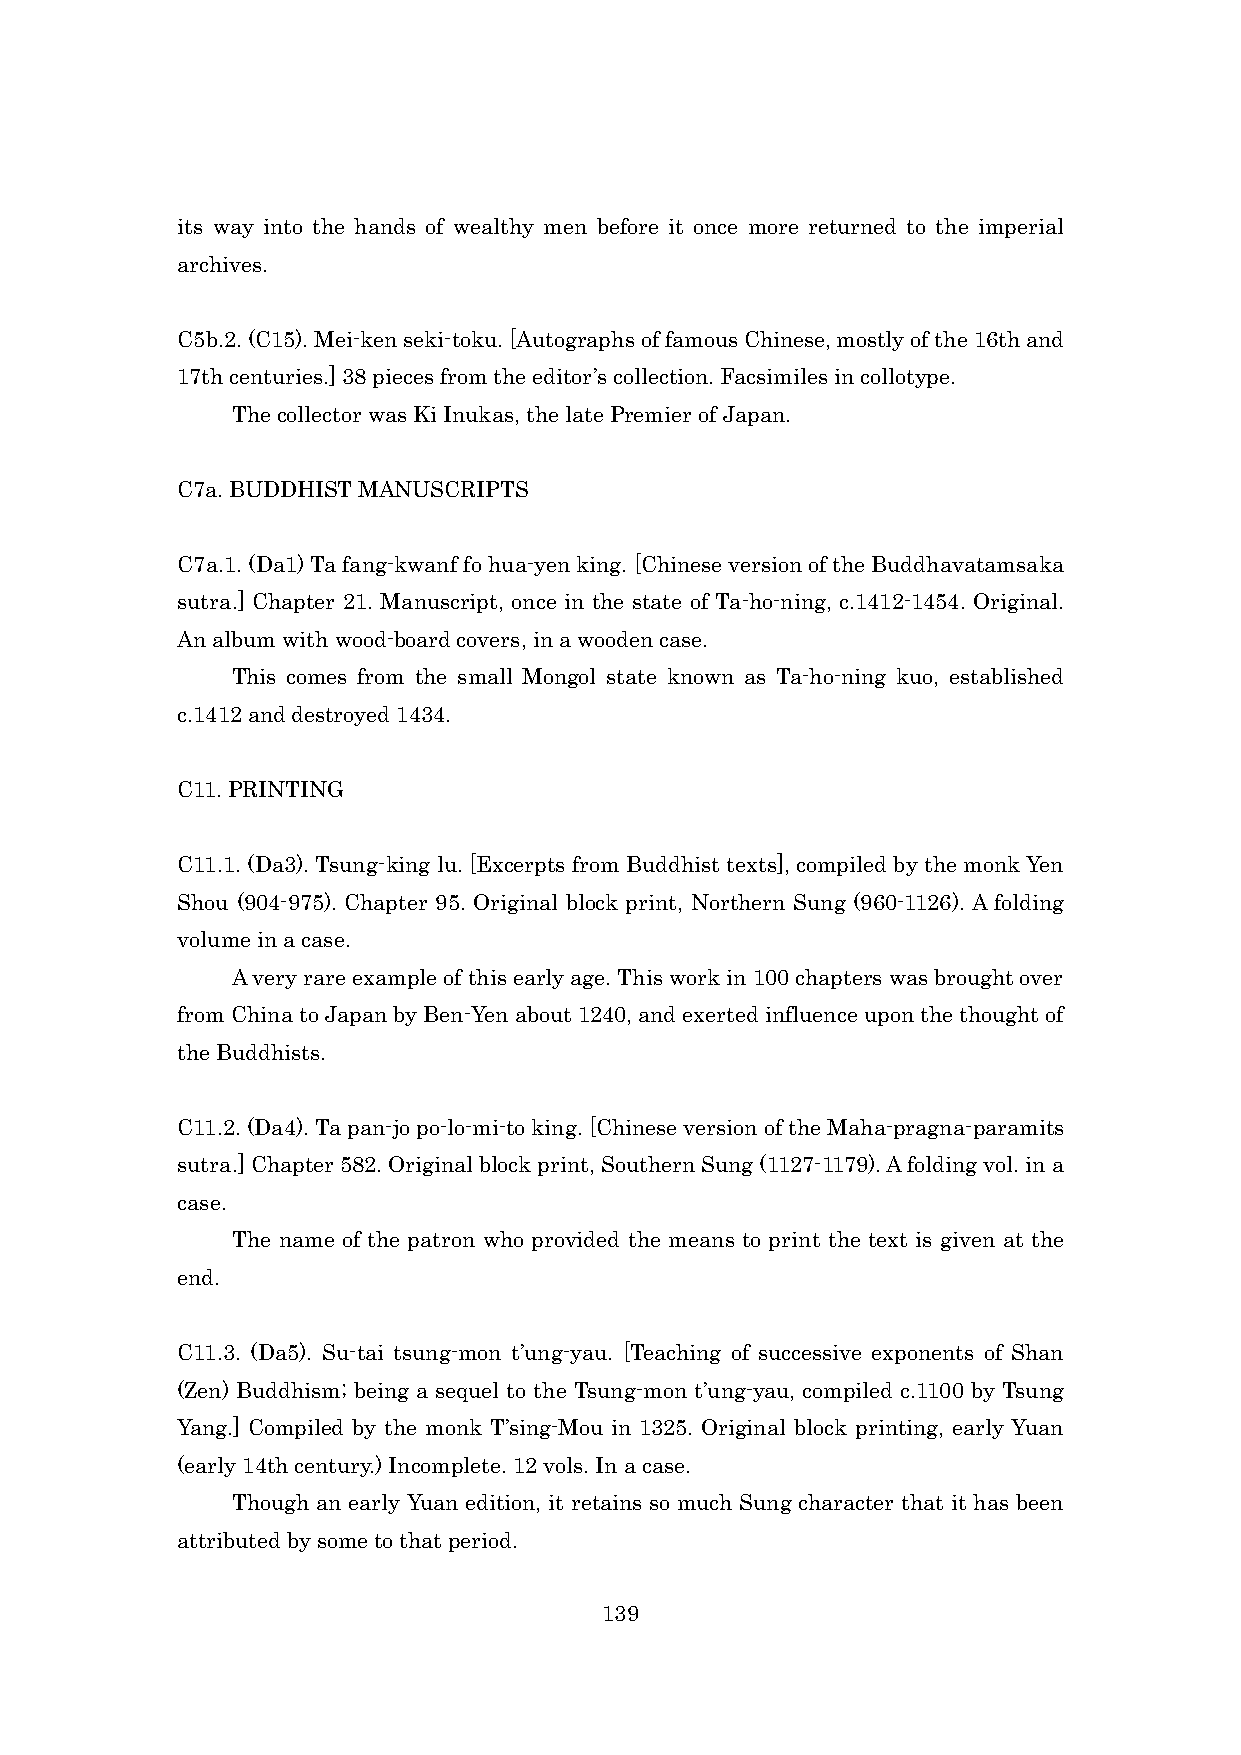
its way into the hands of wealthy men before it once more returned to the imperial
 archives.
 C5b.2. (C15). Mei-ken seki-toku. [Autographs of famous Chinese, mostly of the 16th and
 17th centuries.] 38 pieces from the editor’s collection. Facsimiles in collotype.
 The collector was Ki Inukas, the late Premier of Japan.
 C7a. BUDDHIST MANUSCRIPTS
 C7a.1. (Da1) Ta fang-kwanf fo hua-yen king. [Chinese version of the Buddhavatamsaka
 sutra.] Chapter 21. Manuscript, once in the state of Ta-ho-ning, c.1412-1454. Original.
 An album with wood-board covers, in a wooden case.
 This comes from the small Mongol state known as Ta-ho-ning kuo, established
 c.1412 and destroyed 1434.
 C11. PRINTING
 C11.1. (Da3). Tsung-king lu. [Excerpts from Buddhist texts], compiled by the monk Yen
 Shou (904-975). Chapter 95. Original block print, Northern Sung (960-1126). A folding
 volume in a case.
 A very rare example of this early age. This work in 100 chapters was brought over
 from China to Japan by Ben-Yen about 1240, and exerted influence upon the thought of
 the Buddhists.
 C11.2. (Da4). Ta pan-jo po-lo-mi-to king. [Chinese version of the Maha-pragna-paramits
 sutra.] Chapter 582. Original block print, Southern Sung (1127-1179). A folding vol. in a
 case.
 The name of the patron who provided the means to print the text is given at the
 end.
 C11.3. (Da5). Su-tai tsung-mon t’ung-yau. [Teaching of successive exponents of Shan
 (Zen) Buddhism; being a sequel to the Tsung-mon t’ung-yau, compiled c.1100 by Tsung
 Yang.] Compiled by the monk T’sing-Mou in 1325. Original block printing, early Yuan
 (early 14th century.) Incomplete. 12 vols. In a case.
 Though an early Yuan edition, it retains so much Sung character that it has been
 attributed by some to that period.
 139